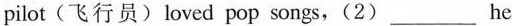
pilot(飞行员)loved pop songs,(2)___he